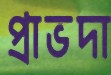
প্রাভদা